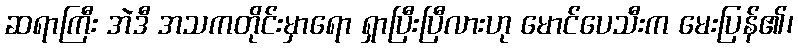
ဆရာကြီး အဲဒီ အသကတိုင်းမှာရော ရှာပြီးပြီလားဟု မောင်ပေသီးက မေးပြန်၏၊